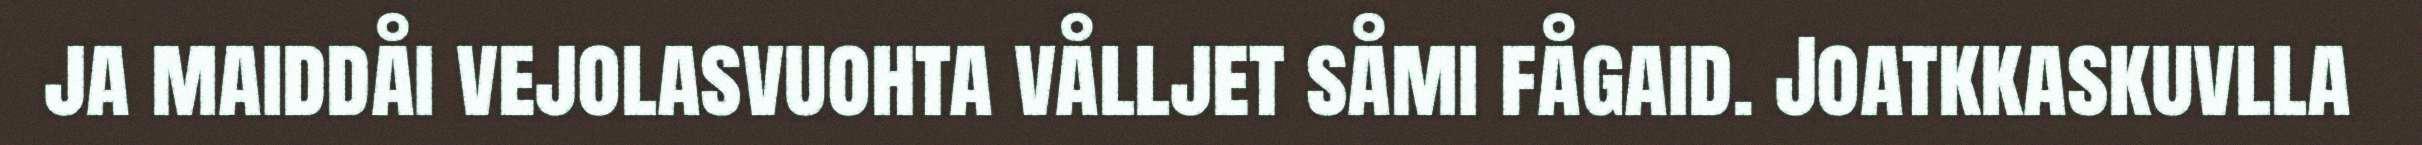
ja maiddåi vejolasvuohta vålljet såmi fågaid. Joatkkaskuvlla